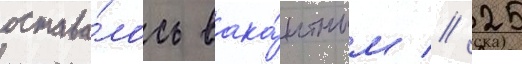
остава́лось вака́нтным // 25